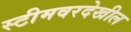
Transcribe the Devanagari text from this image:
स्टीमवरदेखील